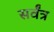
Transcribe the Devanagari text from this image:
सर्वंत्र